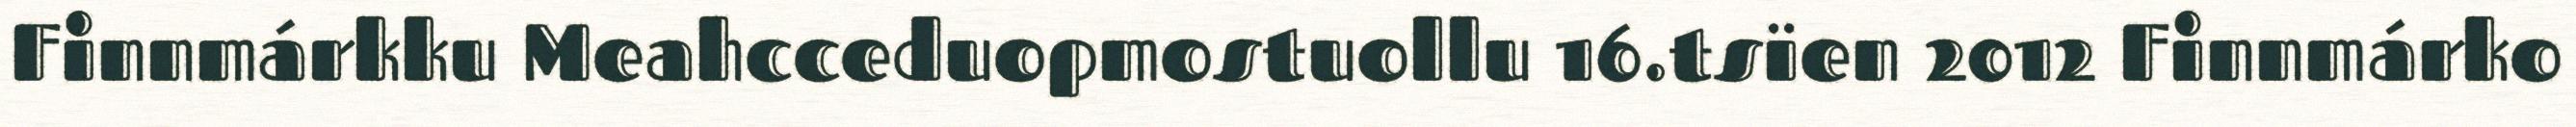
Finnmárkku Meahcceduopmostuollu 16.tsïen 2012 Finnmárko